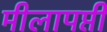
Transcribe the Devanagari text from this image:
मीलापप्ती